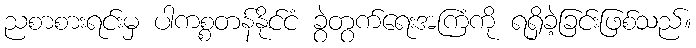
ညစာစားရင်းမှ ပါကစ္စတန်နိုင်ငံ ခွဲတွက်ရေးအကြံကို ရရှိခဲ့ခြင်းဖြစ်သည်။